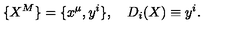
\{ X ^ { M } \} = \{ x ^ { \mu } , y ^ { i } \} , \quad D _ { i } ( X ) \equiv y ^ { i } .